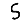
Digit: 5